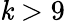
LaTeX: \mathit{k}>9